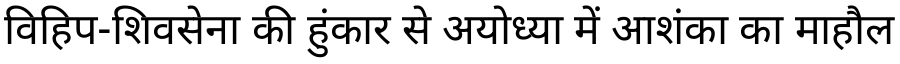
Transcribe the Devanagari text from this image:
विहिप-शिवसेना की हुंकार से अयोध्या में आशंका का माहौल